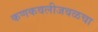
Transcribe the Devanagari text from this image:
कणकवलीजवळचा